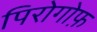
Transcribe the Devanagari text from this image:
पिरोगोफ़